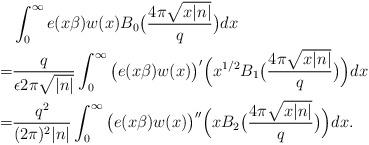
LaTeX: \begin{align*}&\int_0^{\infty}e(x\beta)w(x)B_0\big(\frac{4\pi\sqrt{x|n|}}{q}\big)dx\\=&\frac{q}{\epsilon2\pi\sqrt{|n|}}\int_0^\infty\big(e(x\beta)w(x)\big)'\Big(x^{1/2}B_1\big(\frac{4\pi\sqrt{x|n|}}{q}\big)\Big)dx\\=&\frac{q^2}{(2\pi)^2|n|}\int_0^\infty\big(e(x\beta)w(x)\big)''\Big(xB_2\big(\frac{4\pi\sqrt{x|n|}}{q}\big)\Big)dx.\end{align*}